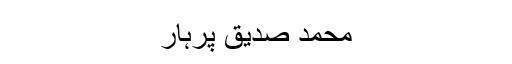
محمد صدیق پرہار